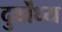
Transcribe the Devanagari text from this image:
दुर्बोंध्य